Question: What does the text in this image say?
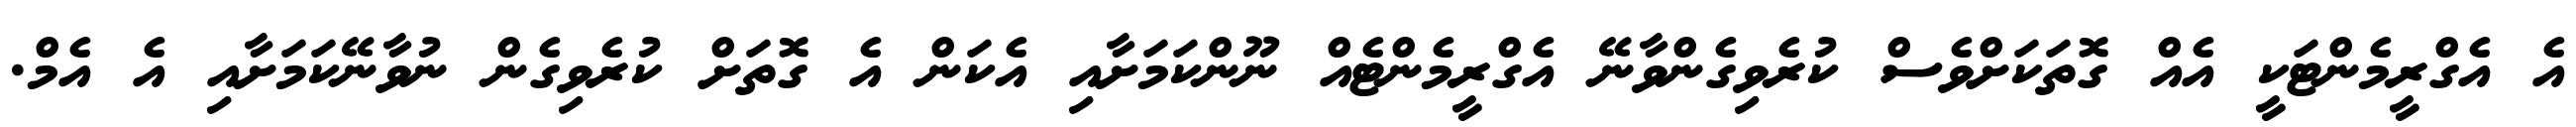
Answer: އެ އެގްރީމެންޓަކީ އެއް ގޮތަކަށްވެސް ކުރެވިގެންވާނޭ އެގްރީމެންޓެއް ނޫންކަމަށާއި އެކަން އެ ގޮތަށް ކުރެވިގެން ނުވާނޭކަމަށާއި އެ އެމް.